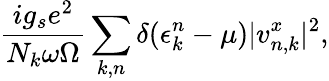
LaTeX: \frac{ig_{s}e^{2}}{N_{k}\omega\Omega}\sum_{k,n}\delta(\epsilon_{k}^{n}-\mu)|v_{n,k}^{x}|^{2},